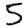
Digit: 5